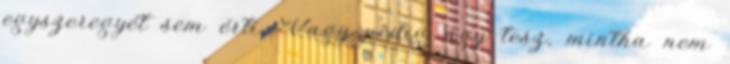
egyszeregyét sem érti. Vagy pedig úgy tesz, mintha nem